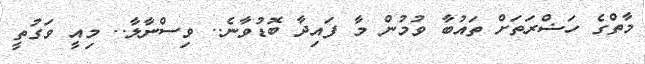
މާތްގެ ހަޟްރަތަށް ތައުބާ ވުމުން މާ ފައިދާ ބޮޑުވާނެ.. ވިސްނާލާ.. މިއީ ވަގުތީ